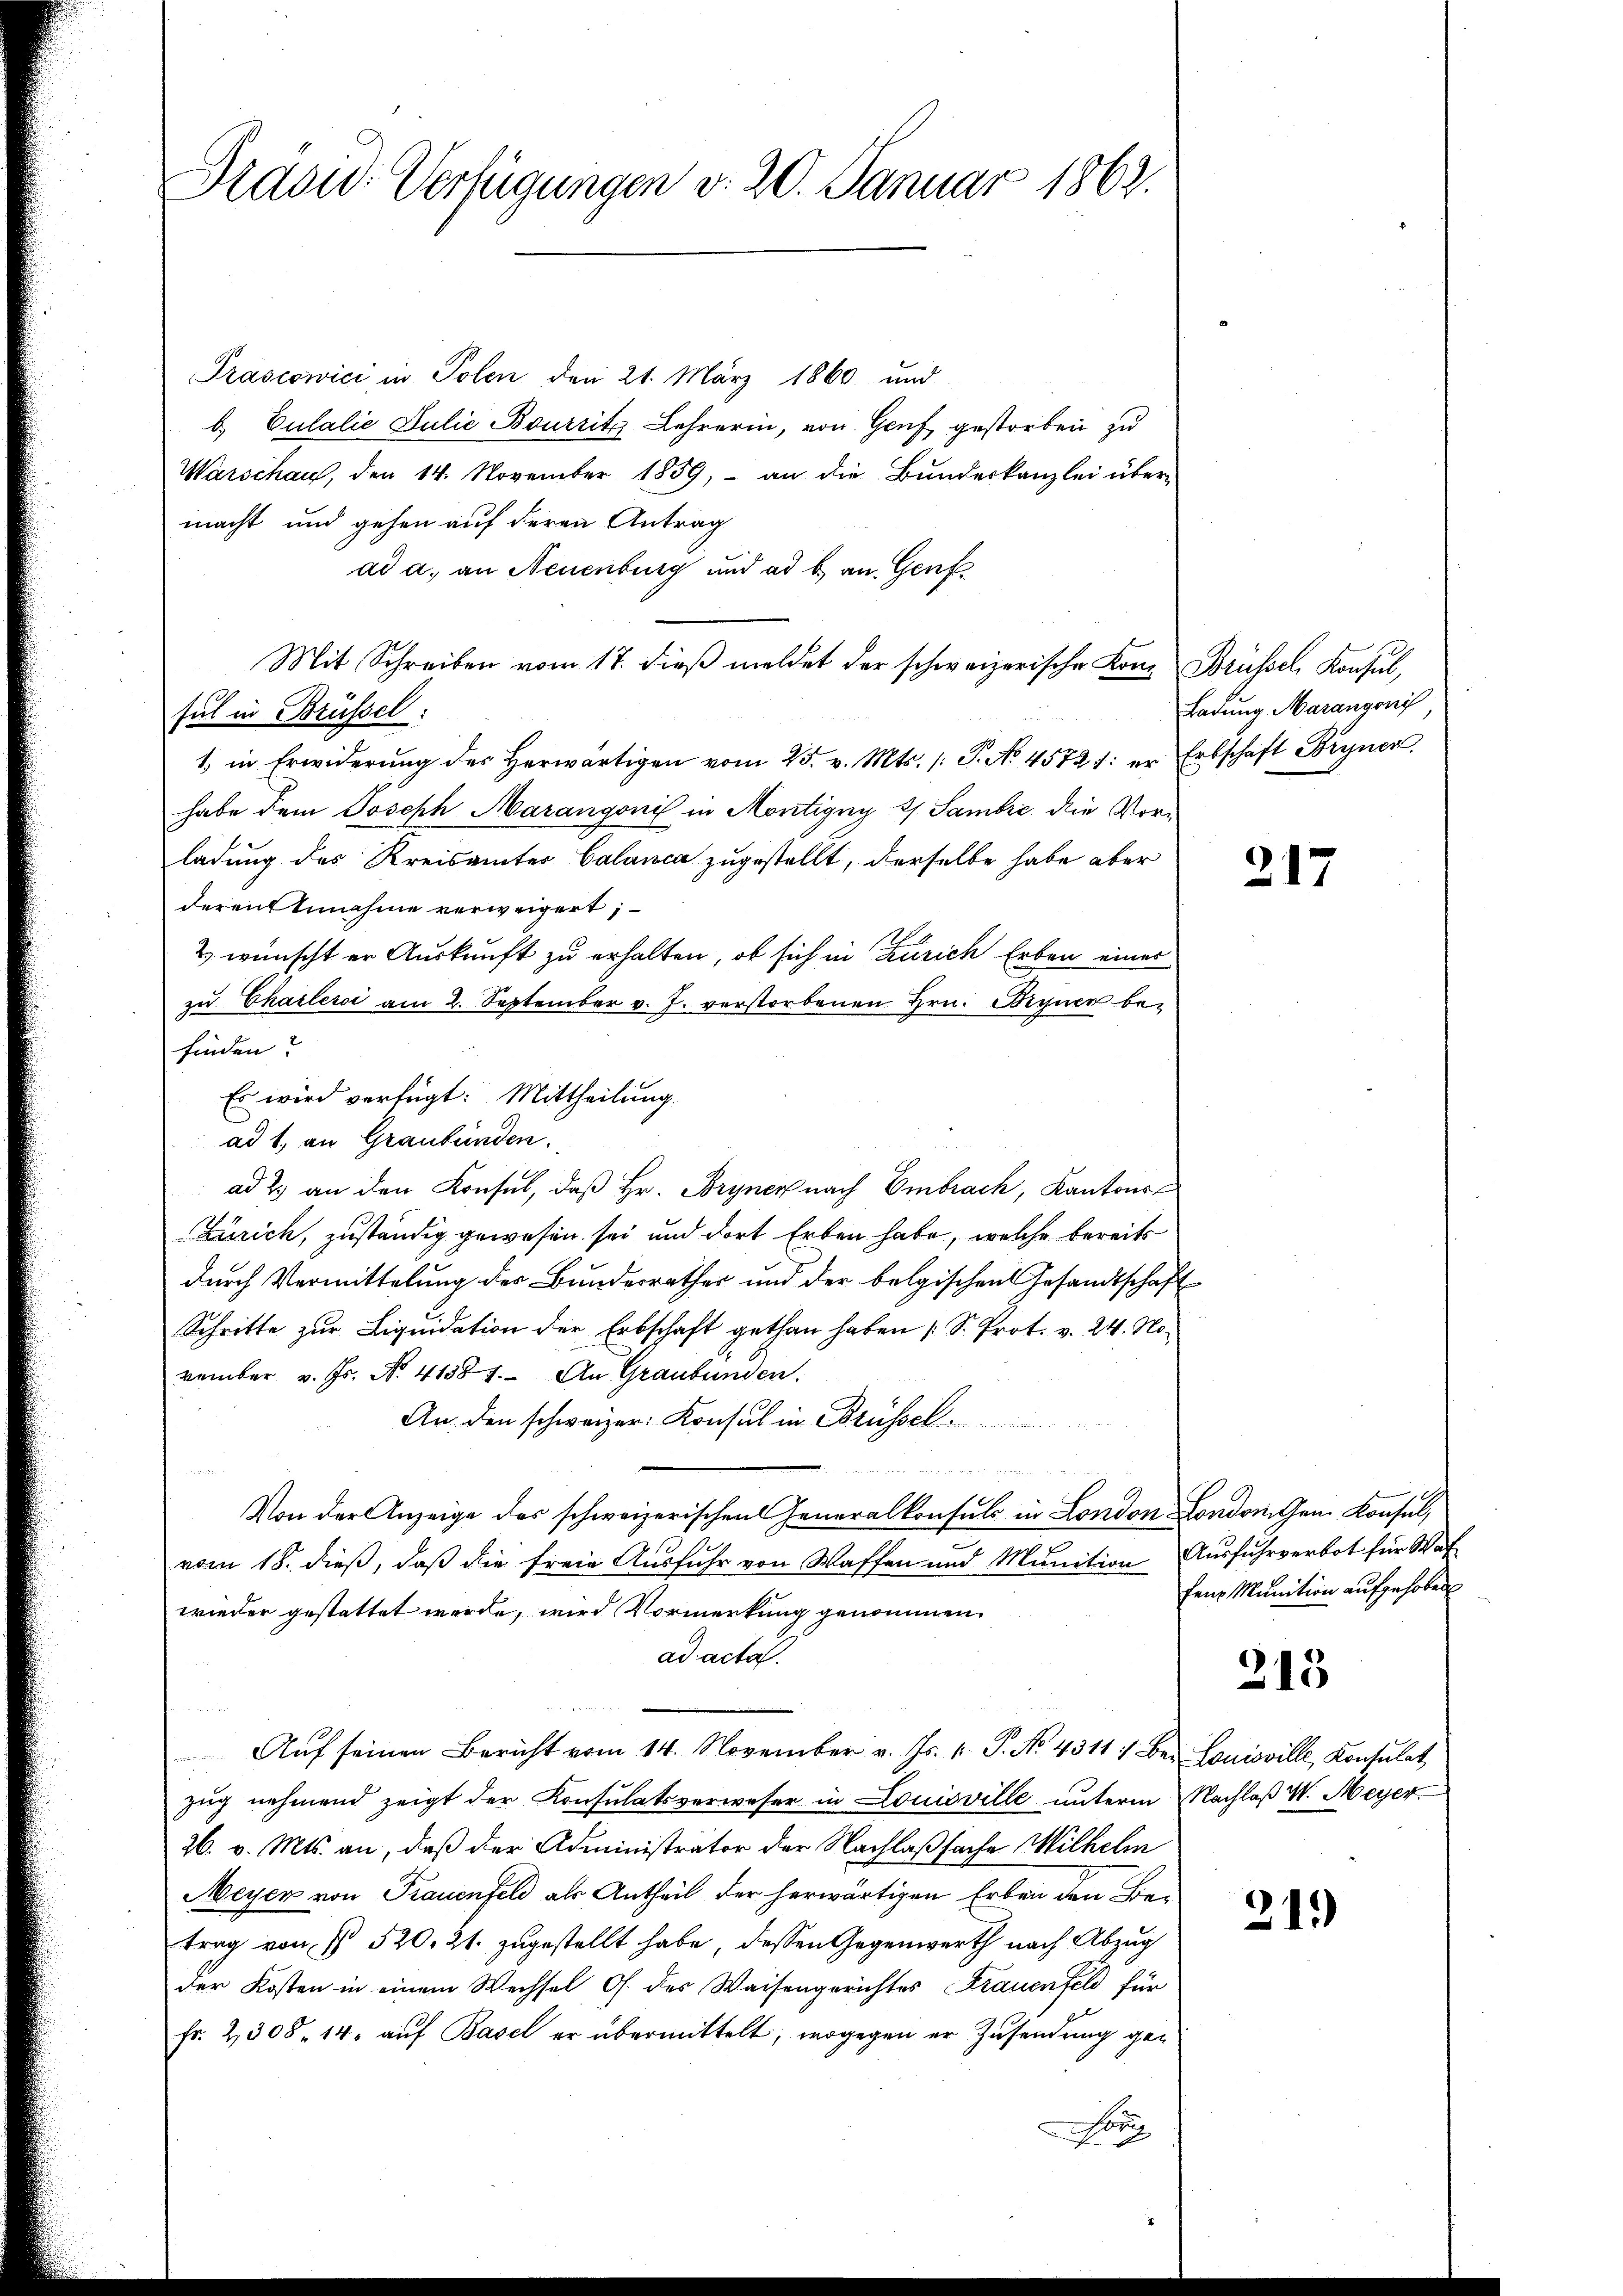
Pravid Verfügungen v. 20. Januar 1862.

Prascowici in Polen den 21. März 1860 und
b. Culalie Julie Boursitz Lehrerin, von Genf, gestorben zu
Warschau, den 14. November 1859, an die Bundeskanzlei über-
macht und gehen auf deren Antrag
ad a. an Neuenburg und ad b. an Genf
Mit Schreiben vom 17. dieß meldet der schweizerische Konz Brüssel, Konsul,
sul in Brüssel.
1 in Erwiderŭng des herwärtigen vom 25. v. Mts. /: P. No 45721: er Erbschaft Bryner,
habe dem Joseph Marangonis in Montigny 2/ Sambre die Vorladung des Kreisamtes Calanca zugestellt, derselbe habe aber
derent Annahme verweigert;
2. wünscht er Auskunft zu erhalten, ob sich in Zürich Erben eines
zu Charlessi am 2. September v. J. verstorbenen Hrn. Bryner befinden?
ad 1., an Graubünden.
ad 2. an den Konsul, daß Hr. Bryner nach Embrach, Kantons
Zürich, zuständig gewesen sei und dort Erben habe, welche bereits
durch Vermittelung der Bunderrather und der belgischen Gesandtschaft
Schritte zŭr Liqŭidation der Erbschaft gethan haben (S. Prot. v. 24. No-
vember v. Js. No. 41587. An Graubünden.
An den schweizer. Konsul in Brüssel
Von der Anzeige des schweizerischen Generalkonsuls in London London. Gem. Konsul,
vom 18. dieß, daß die freie Ausfuhr von Waffen und Munition Ausfuhrverbot für Waf
wieder gestattet werde, wird Vormerkung genommen.
ad acta.
Aŭf seinen Bericht vom 14. November v. Js. k. P. No. 4311) Bei Louisville, Konsulat,
zug nehmend zeigt der Konsulatsverweser in Louisville unterm Nachlaß W. Meyer
26. v. Mts. an, daß der Administrator der Nachlaßsache Wilhelm
Meyer von Frauenfeld als Antheil der herwärtigen Erben den Betrag von § 520. 21. zugestellt habe, dessen Gegenwerth nach Abzug
der Kosten in einem Wechsel, O. des Waisengerichtes Frauenfeld für
Fr. 2308. 14. aŭf Basel er übermittelt, wogegen er Zusendung gea

Es wird verfügt: Mittheilung.

Ladung Marangonis

217

fene Munition aufgehoben

215

21.)